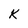
Character: K